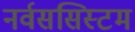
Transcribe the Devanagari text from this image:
नर्वससिस्टम